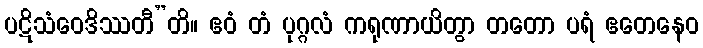
ပဋိသံဝေဒိဿတီ”တိ။ ဧဝံ တံ ပုဂ္ဂလံ ကရုဏာယိတွာ တတော ပရံ ဧတေနေဝ